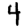
Digit: 4